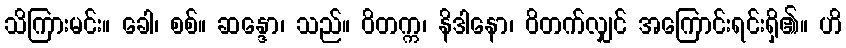
သိကြားမင်း။ ခေါ၊ စစ်။ ဆန္ဒော၊ သည်။ ဝိတက္က၊ နိဒါနော၊ ဝိတက်လျှင် အကြောင်းရင်းရှိ၏။ ဟိ